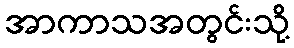
အာကာသအတွင်းသို့